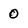
Character: 0